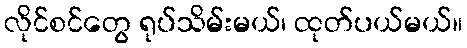
လိုင်စင်တွေ ရုပ်သိမ်းမယ်၊ ထုတ်ပယ်မယ်။